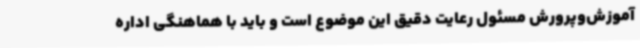
آموزش‌وپرورش مسئول رعایت دقیق این موضوع است و باید با هماهنگی اداره